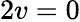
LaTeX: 2v=0